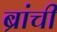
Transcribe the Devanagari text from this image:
ब्रांची